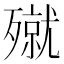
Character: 殧